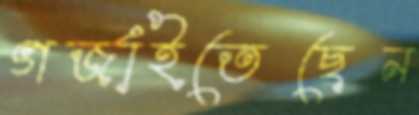
গর্জাইতেছেন